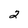
Character: 2